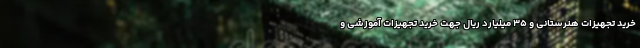
خرید تجهیزات هنرستانی و ۳۵ میلیارد ریال جهت خرید تجهیزات آموزشی و